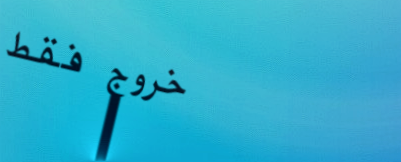
خروج فقط